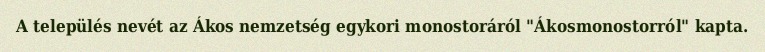
A település nevét az Ákos nemzetség egykori monostoráról "Ákosmonostorról" kapta.